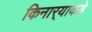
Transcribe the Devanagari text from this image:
किनार्‍याकडे